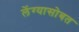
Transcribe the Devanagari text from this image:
लेंग्यासोबत